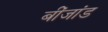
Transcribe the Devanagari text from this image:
बींजांड